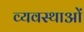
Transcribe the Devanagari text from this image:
व्यवस्थाआें